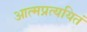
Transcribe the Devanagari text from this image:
आत्मप्रत्ययितं